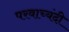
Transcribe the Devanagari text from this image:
परवाच्यंदी